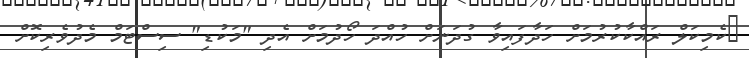
ކެމިކަލް ރައްކާކުރުމަށް ހަދާފައިވާ ގުދަނަށް ހުއްދަ ހޯދުމަށް އެދި "މަކުޑި" ސިސްޓަމް މެދުވެރިކޮށް